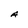
Character: A